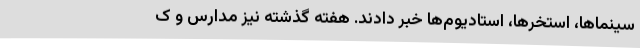
سینماها، استخرها، استادیوم‌ها خبر دادند. هفته گذشته نیز مدارس و ک